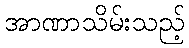
အာဏာသိမ်းသည့်